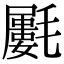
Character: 𣰝